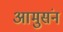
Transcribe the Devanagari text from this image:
आमुसंन